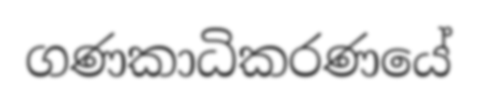
ගණකාධිකරණයේ